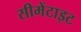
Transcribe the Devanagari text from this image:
सीमेंटाइट